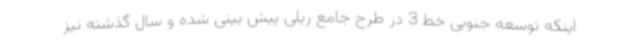
اینکه توسعه جنوبی خط 3 در طرح جامع ریلی پیش بینی شده و سال گذشته نیز